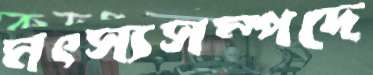
মৎস্যসম্পদে